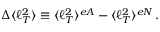
\Delta \langle \ell _ { T } ^ { 2 } \rangle \equiv \langle \ell _ { T } ^ { 2 } \rangle ^ { e A } - \langle \ell _ { T } ^ { 2 } \rangle ^ { e N } \, .